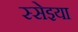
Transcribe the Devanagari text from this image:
स्सेइया